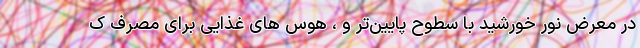
در معرض نور خورشید با سطوح پایین‌تر و ، هوس های غذایی برای مصرف ک